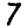
Digit: 7